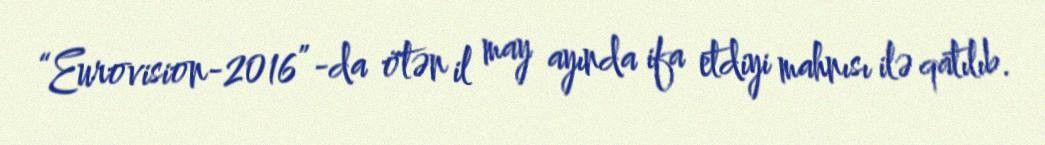
“Eurovision-2016”-da ötən il may ayında ifa etdiyi mahnısı ilə qatılıb.